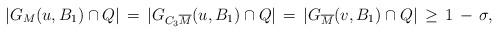
LaTeX: \begin{align*}|G_M(u,B_1)\cap Q|\,=\,|G_{C_3\overline{M}}(u,B_1)\cap Q|\,=\,|G_{\overline{M}}(v,B_1)\cap Q|\,\geq\,1\,-\,\sigma,\end{align*}